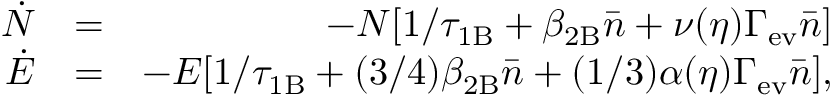
\begin{array} { r l r } { \dot { N } } & { = } & { - N [ 1 / \tau _ { \mathrm { 1 B } } + \beta _ { \mathrm { 2 B } } \bar { n } + \nu ( \eta ) \Gamma _ { \mathrm { e v } } \bar { n } ] } \\ { \dot { E } } & { = } & { - E [ 1 / \tau _ { \mathrm { 1 B } } + ( 3 / 4 ) \beta _ { \mathrm { 2 B } } \bar { n } + ( 1 / 3 ) \alpha ( \eta ) \Gamma _ { \mathrm { e v } } \bar { n } ] , } \end{array}